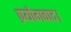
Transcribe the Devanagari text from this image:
प्रयोगवाद।